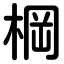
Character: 棡